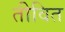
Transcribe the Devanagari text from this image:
तीवित